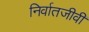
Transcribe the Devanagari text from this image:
निर्वातजीवी